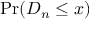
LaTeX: \Pr ( D _ { n } \leq x )